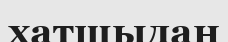
хатшыдан